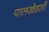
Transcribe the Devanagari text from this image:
पालखेडसी